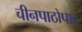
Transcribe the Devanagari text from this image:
चीनपाठोपाठ